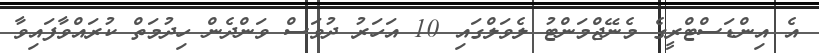
އެ އިންޑަސްޓްރީގެ މެނޭޖްމަންޓު ލެވަލްގައި 10 އަހަރު ދުވަސް ވަންދެން ހިދުމަތް ކުރައްވާފައިވާ